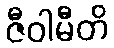
ဇီဝါမီတိ